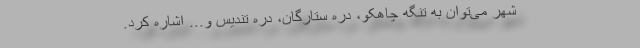
شهر می‌توان به تنگه چاهکو، دره ستارگان، دره تندیس و... اشاره کرد.